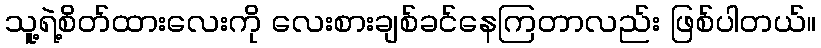
သူ့ရဲ့စိတ်ထားလေးကို လေးစားချစ်ခင်နေကြတာလည်း ဖြစ်ပါတယ်။